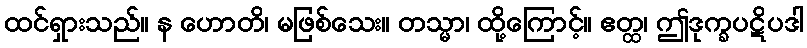
ထင်ရှားသည်။ န ဟောတိ၊ မဖြစ်သေး။ တသ္မာ၊ ထို့ကြောင့်။ ဧတ္ထ၊ ဤဒုက္ခပဋိပဒါ